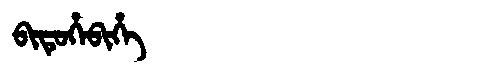
Manchu: ᠪᡳᡨᡠᡥᡝᠪᡳᡥᡝ
Romanization: BITUHEBIHE